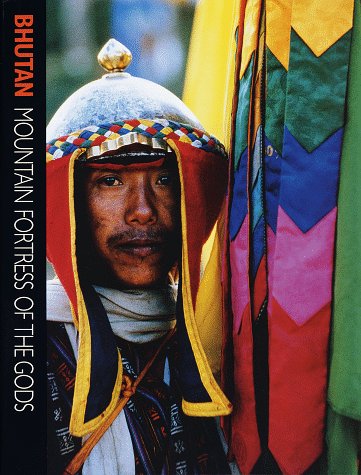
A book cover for Bhutan; Christian Schicklgruber; Travel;